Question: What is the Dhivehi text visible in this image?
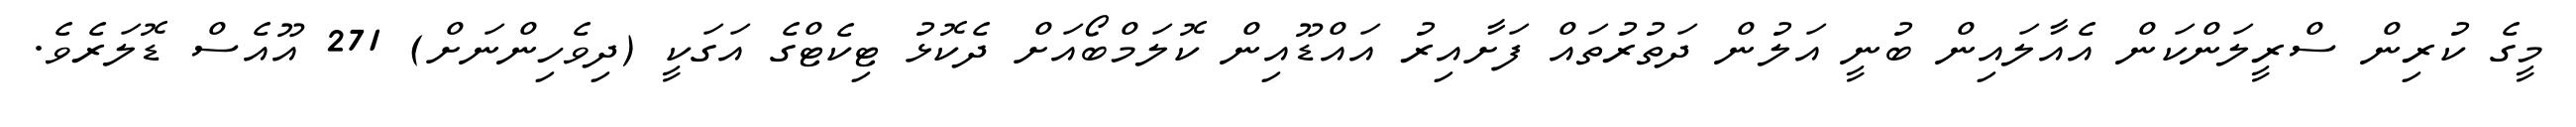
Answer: މީގެ ކުރިން ސްރީލަންކަން އެއާލައިން ބުނީ އަލުން ދަތުރުތައް ފަށާއިރު އައްޑޫއިން ކޮލަމްބޯއަށް ދެކޮޅު ޓިކެޓްގެ އަގަކީ (ދިވެހިންނަށް) 271 އޫއެސް ޑޮލަރެވެ.